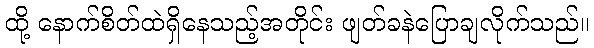
ထို့ နောက်စိတ်ထဲရှိနေသည့်အတိုင်း ဖျတ်ခနဲပြောချလိုက်သည်။